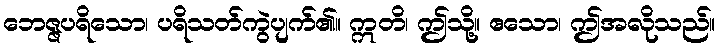
ဘေဇ္ဇပရိသော၊ ပရိသတ်ကွဲပျက်၏။ ဣတိ၊ ဤသို့။ ဧသော၊ ဤအလိုသည်။